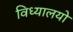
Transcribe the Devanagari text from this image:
विध्यालयो